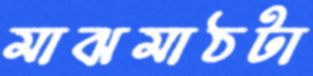
মাঝমাঠটা